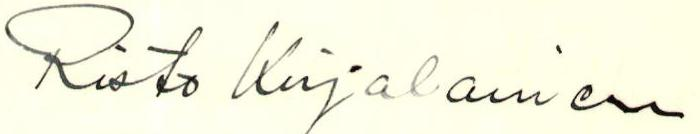
Risto Kirjalainen